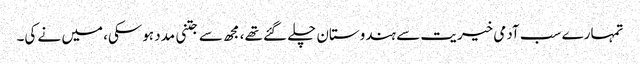
تمہارے سب آدمی خیریت سے ہندوستان چلے گئے تھے، مجھ سے جتنی مدد ہوسکی، میں نے کی۔